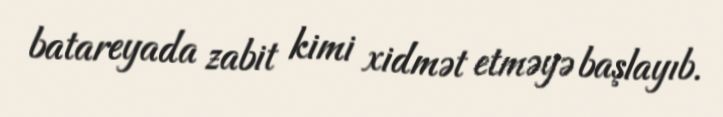
batareyada zabit kimi xidmət etməyə başlayıb.